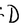
Character: D